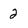
Character: 2